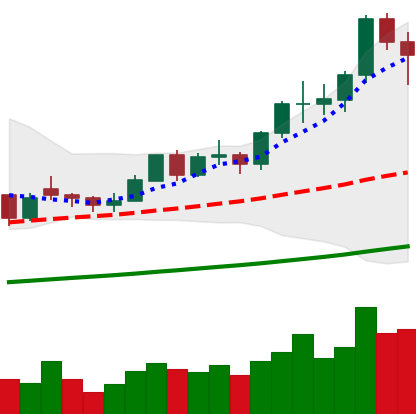
Ticker: LTC-USD
Chart end date: 2021-02-15
Forward return: 9.601%
Label: up_7plus